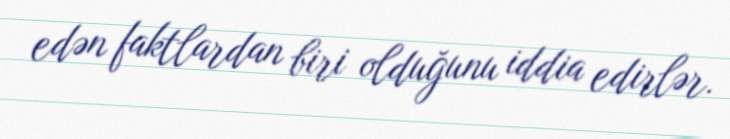
edən faktlardan biri olduğunu iddia edirlər.